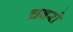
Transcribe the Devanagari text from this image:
चवरो